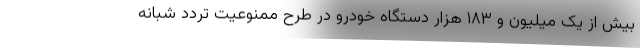
بیش از یک میلیون و ۱۸۳ هزار دستگاه خودرو در طرح ممنوعیت تردد شبانه